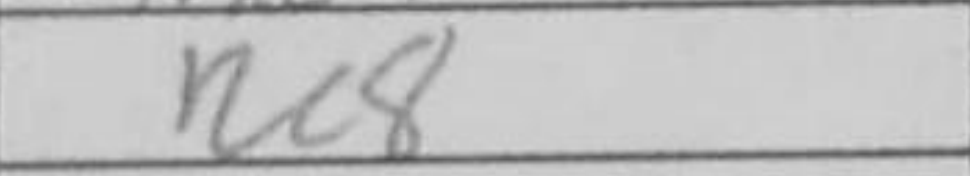
Transcription: Re8